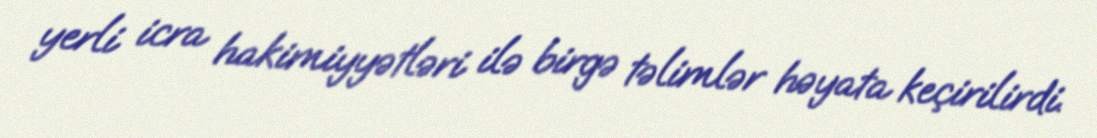
yerli icra hakimiyyətləri ilə birgə təlimlər həyata keçirilirdi.